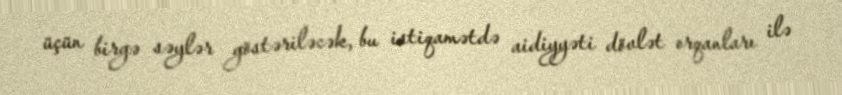
üçün birgə səylər göstəriləcək, bu istiqamətdə aidiyyəti dövlət orqanları ilə